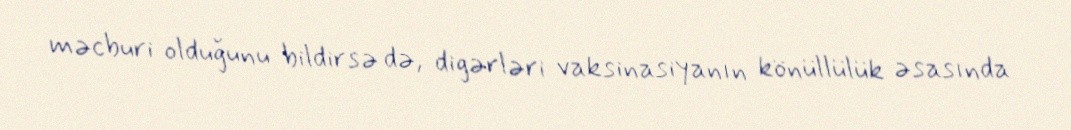
məcburi olduğunu bildirsə də, digərləri vaksinasiyanın könüllülük əsasında